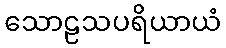
သောဠသပရိယာယံ